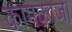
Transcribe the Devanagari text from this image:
कामकाज।